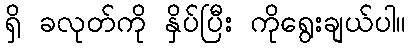
ရှိ ခလုတ်ကို နှိပ်ပြီး ကိုရွေးချယ်ပါ။